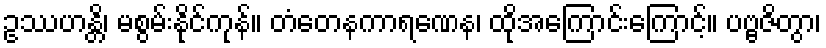
ဥဿဟန္တိ၊ မစွမ်းနိုင်ကုန်။ တံတေနကာရဏေန၊ ထိုအကြောင်းကြောင့်။ ပဗ္ဗဇိတွာ၊